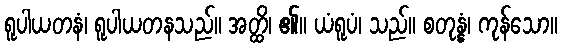
ရူပါယတနံ၊ ရူပါယတနသည်။ အတ္ထိ၊ ၏။ ယံရူပံ၊ သည်။ စတုန္နံ၊ ကုန်သော။